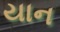
યાન